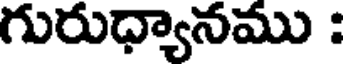
గురుధ్యానము :